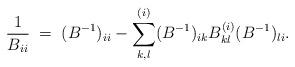
LaTeX: \begin{align*} \frac 1{B_{ii}} \;=\; (B^{-1})_{ii}-\sum_{k,l}^{(i)}(B^{-1})_{ik} B^{(i)}_{kl} (B^{-1})_{li} .\end{align*}